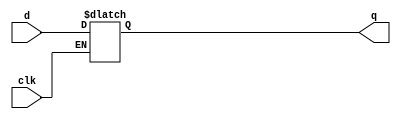
module D_latch(d, clk, q);
	input d, clk;
	output reg q;
	
	always @(d, clk)
	begin
		if(clk) q<=d;
		//else automatic latch
	end 
endmodule